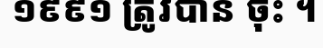
១៩៩១ ត្រូវបាន ចុះ ។